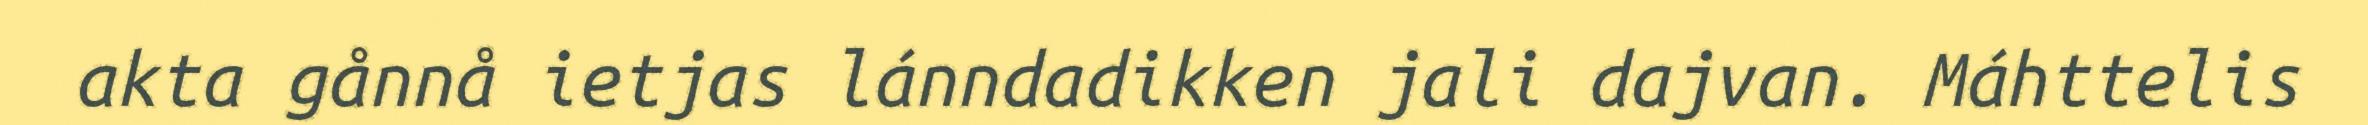
akta gånnå ietjas lánndadikken jali dajvan. Máhttelis